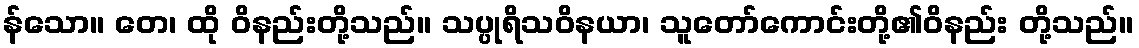
န်သော။ တေ၊ ထို ဝိနည်းတို့သည်။ သပ္ပုရိသဝိနယာ၊ သူတော်ကောင်းတို့၏ဝိနည်း တို့သည်။